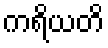
ကရိယတိ